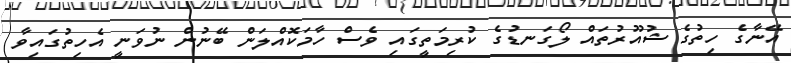
އޭނާގެ ހިތުގެ ޝުއޫރުތައް ލޯގަނޑުގެ ކުރިމަތީގައި ވެސް ހާމަކޮއްލަން ބޭނުން ނުވަނީ އެހިތުގައިވާ